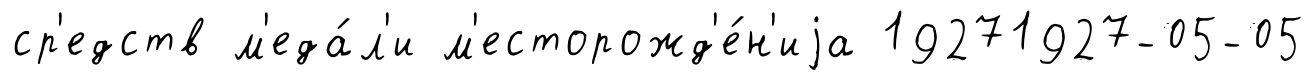
ср'едств м'еда́л'и м'есторожд'е́н'иjа 19271927-05-05